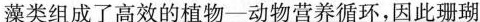
藻类组成了高效的植物-动物营养循环，因此珊瑚